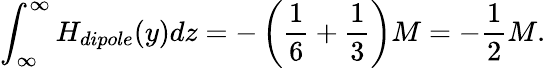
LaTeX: \int_{\infty}^{\infty}H_{dipole}(y)dz=-\left({\frac{1}{6}}+{\frac{1}{3}}\right)M=-\frac{1}{2}M.